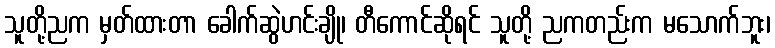
သူတို့ညက မှတ်ထားတာ ခေါက်ဆွဲဟင်းချို၊ တီကောင်ဆိုရင် သူတို့ ညကတည်းက မသောက်ဘူး၊